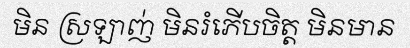
មិន ស្រឡាញ់ មិនរំភើបចិត្ត មិនមាន